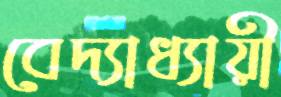
বেদ্যাধ্যায়ী